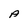
Character: A